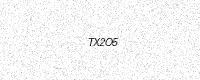
Text: TX2O5